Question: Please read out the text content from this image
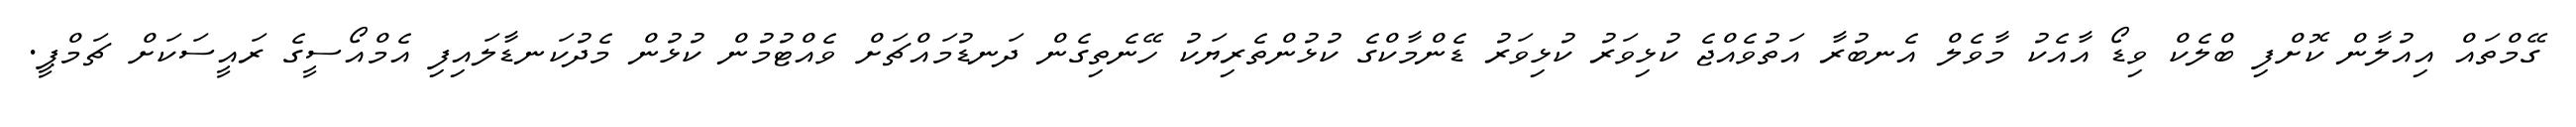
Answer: ގޭމްތައް އިއުލާން ކޮށްފި ބްލެކް ވިޑޯ އާއެކު މާވެލް އެނބުރާ އަތުވެއްޖެ ކުޅިވަރު ކުޅިވަރު ޑެންމާކްގެ ކުޅުންތެރިޔަކު ހޭނެތިގެން ދަނޑުމައްޗަށް ވެއްޓުމުން ކުޅުން މެދުކަނޑާލައިފި އެމްއޯސީގެ ރައީސަކަށް ޗަމްޕީ.